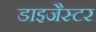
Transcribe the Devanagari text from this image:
डाइजैस्टर